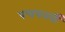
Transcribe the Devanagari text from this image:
पचपनवीं